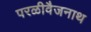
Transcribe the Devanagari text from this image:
परळीवैजनाथ